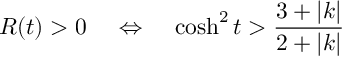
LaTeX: R ( t ) > 0 \; \; \; \; \Leftrightarrow \; \; \; \; \cosh ^ { 2 } t > \frac { 3 + | k | } { 2 + | k | }